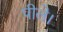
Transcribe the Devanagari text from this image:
पीले।